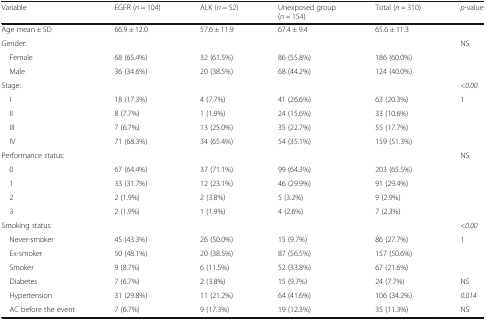
<table><thead><tr><td><b>Variable</b></td><td><b>EGFR (<i>n</i> = 104)</b></td><td><b>ALK (<i>n</i> = 52)</b></td><td><b>Unexposed group (<i>n</i> = 154)</b></td><td><b>Total (<i>n</i> = 310)</b></td><td><b><i>p</i>-value</b></td></tr></thead><tbody><tr><td>Age mean ± SD</td><td>66.9 ± 12.0</td><td>57.6 ± 11.9</td><td>67.4 ± 9.4</td><td>65.6 ± 11.3</td><td></td></tr><tr><td>Gender:</td><td></td><td></td><td></td><td></td><td>NS</td></tr><tr><td> Female</td><td>68 (65.4%)</td><td>32 (61.5%)</td><td>86 (55.8%)</td><td>186 (60.0%)</td><td></td></tr><tr><td> Male</td><td>36 (34.6%)</td><td>20 (38.5%)</td><td>68 (44.2%)</td><td>124 (40.0%)</td><td></td></tr><tr><td>Stage:</td><td></td><td></td><td></td><td></td><td><i>&lt;0.00</i></td></tr><tr><td> I</td><td>18 (17.3%)</td><td>4 (7.7%)</td><td>41 (26.6%)</td><td>63 (20.3%)</td><td>1</td></tr><tr><td> II</td><td>8 (7.7%)</td><td>1 (1.9%)</td><td>24 (15.6%)</td><td>33 (10.6%)</td><td></td></tr><tr><td> III</td><td>7 (6.7%)</td><td>13 (25.0%)</td><td>35 (22.7%)</td><td>55 (17.7%)</td><td></td></tr><tr><td> IV</td><td>71 (68.3%)</td><td>34 (65.4%)</td><td>54 (35.1%)</td><td>159 (51.3%)</td><td></td></tr><tr><td>Performance status:</td><td></td><td></td><td></td><td></td><td>NS</td></tr><tr><td> 0</td><td>67 (64.4%)</td><td>37 (71.1%)</td><td>99 (64.3%)</td><td>203 (65.5%)</td><td></td></tr><tr><td> 1</td><td>33 (31.7%)</td><td>12 (23.1%)</td><td>46 (29.9%)</td><td>91 (29.4%)</td><td></td></tr><tr><td> 2</td><td>2 (1.9%)</td><td>2 (3.8%)</td><td>5 (3.2%)</td><td>9 (2.9%)</td><td></td></tr><tr><td> 3</td><td>2 (1.9%)</td><td>1 (1.9%)</td><td>4 (2.6%)</td><td>7 (2.3%)</td><td></td></tr><tr><td>Smoking status:</td><td></td><td></td><td></td><td></td><td><i>&lt;0.00</i></td></tr><tr><td> Never-smoker</td><td>45 (43.3%)</td><td>26 (50.0%)</td><td>15 (9.7%)</td><td>86 (27.7%)</td><td>1</td></tr><tr><td> Ex-smoker</td><td>50 (48.1%)</td><td>20 (38.5%)</td><td>87 (56.5%)</td><td>157 (50.6%)</td><td></td></tr><tr><td> Smoker</td><td>9 (8.7%)</td><td>6 (11.5%)</td><td>52 (33.8%)</td><td>67 (21.6%)</td><td></td></tr><tr><td> Diabetes</td><td>7 (6.7%)</td><td>2 (3.8%)</td><td>15 (9.7%)</td><td>24 (7.7%)</td><td>NS</td></tr><tr><td> Hypertension</td><td>31 (29.8%)</td><td>11 (21.2%)</td><td>64 (41.6%)</td><td>106 (34.2%)</td><td><i>0.014</i></td></tr><tr><td> AC before the event</td><td>7 (6.7%)</td><td>9 (17.3%)</td><td>19 (12.3%)</td><td>35 (11.3%)</td><td>NS</td></tr></tbody></table>